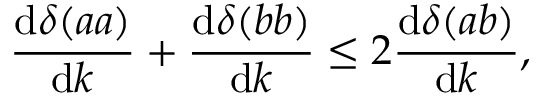
\frac { \mathrm { d } \delta ( a a ) } { \mathrm { d } k } + \frac { \mathrm { d } \delta ( b b ) } { \mathrm { d } k } \leq 2 \frac { \mathrm { d } \delta ( a b ) } { \mathrm { d } k } ,